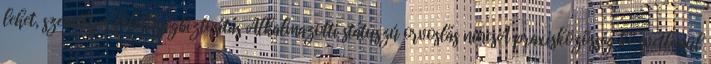
lehet, személyes felelősségbiztosítás Alkalmazotti státuszú orvoslás nincsA praxisközösség közvetlenül